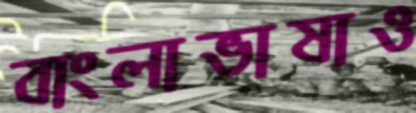
বাংলাভাষাও